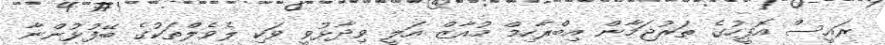
ރައީސް އޮފީހުގެ ތަރުޖަމާން އިބްރާހިމް މުއާޒް އަލީ ވިދާޅުވީ ވަކި ލެވެލްތަކުގެ ބޭފުޅުންނާ